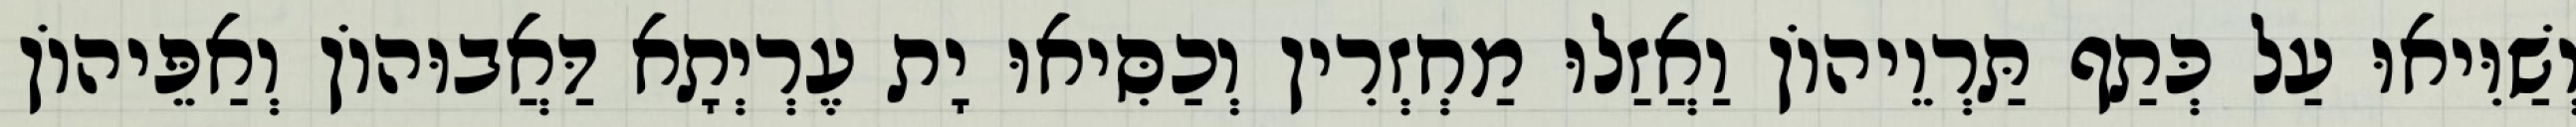
וְשַׁוִּיאוּ עַל כְּתַף תַּרְוֵיהוֹן וַאֲזַלוּ מַחְזְרִין וְכַסִּיאוּ יָת עֶרְיְתָא דַּאֲבוּהוֹן וְאַפֵּיהוֹן